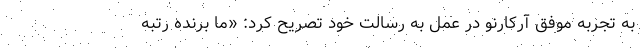
به تجربه موفق آرکارنو در عمل به رسالت خود تصریح کرد: «ما برنده رتبه